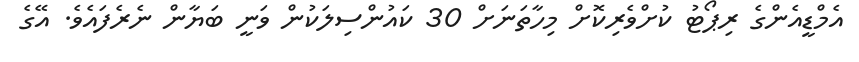
އެމްޑީއެންގެ ރިޕޯޓު ކުށްވެރިކޮށް މިހާތަނަށް 30 ކައުންސިލަކުން ވަނީ ބަޔާން ނެރެފައެވެ. އޭގެ